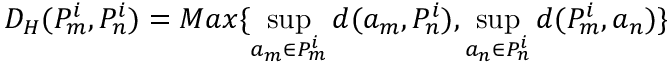
D _ { H } ( P _ { m } ^ { i } , P _ { n } ^ { i } ) = M a x \{ \operatorname* { s u p } _ { a _ { m } \in P _ { m } ^ { i } } d ( a _ { m } , P _ { n } ^ { i } ) , \operatorname* { s u p } _ { a _ { n } \in P _ { n } ^ { i } } d ( P _ { m } ^ { i } , a _ { n } ) \}